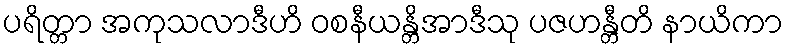
ပရိတ္တာ အကုသလာဒီဟိ ဝစနီယန္တိအာဒီသု ပဇဟန္တီတိ နာယိကာ